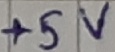
Text: +5V